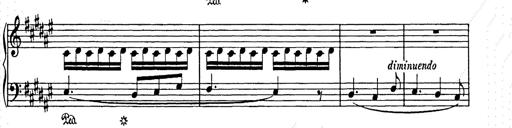
Title: Weihnachtsbaum
Composer: Franz Liszt